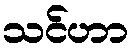
သင်ဟာ